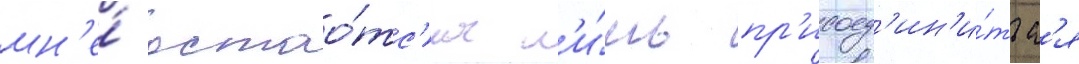
мн'е́ остао́тс'я л'и́шь пр'исоед'ин'и́тьс'я